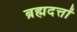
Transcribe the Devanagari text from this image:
ब्रह्मदत्तों